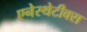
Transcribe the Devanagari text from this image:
एनेस्थेटीक्स